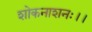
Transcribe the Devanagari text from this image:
शोकनाशनः।।